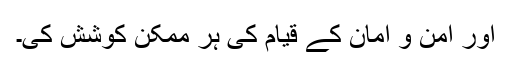
اور امن و امان کے قیام کی ہر ممکن کوشش کی۔